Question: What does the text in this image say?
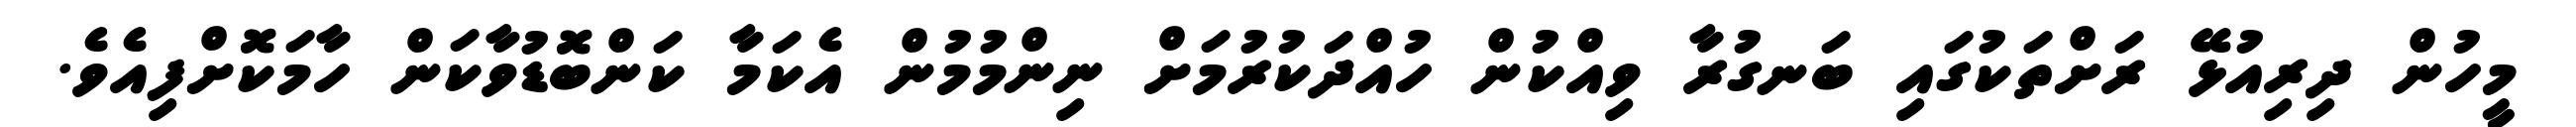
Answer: މީހުން ދިރިއުޅޭ ރަށްތަކުގައި ބަނގުރާ ވިއްކުން ހުއްދަކުރުމަށް ނިންމުމުން އެކަމާ ކަންބޮޑުވާކަން ހާމަކޮށްފިއެވެ.